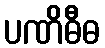
ပဏိဓီဓ